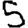
Digit: 5